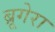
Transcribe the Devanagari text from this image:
ब्रूगेरा